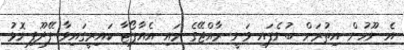
އެ ނޫހުން އިތުރަށް ބުނެފައި ވަނީ ރާއްޖޭގެ މައި އެއާޕޯޓާ ކައިރީގައިވާ ފޭދޫފިނޮޅު